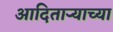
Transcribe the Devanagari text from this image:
आदिताऱ्याच्या